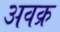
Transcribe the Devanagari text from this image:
अवक्र